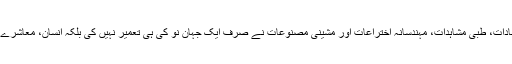
عصر حاضر میں سائنسی انکشافات، تکنیکی ایجادات، طبی مشاہدات، مہندسانہ اختراعات اور مشینی مصنوعات نے صرف ایک جہان نو کی ہی تعمیر نہیں کی بلکہ انسان، معاشرے اور ریاست کے مزاج کو بھی تبدیل کر دیا ہے۔